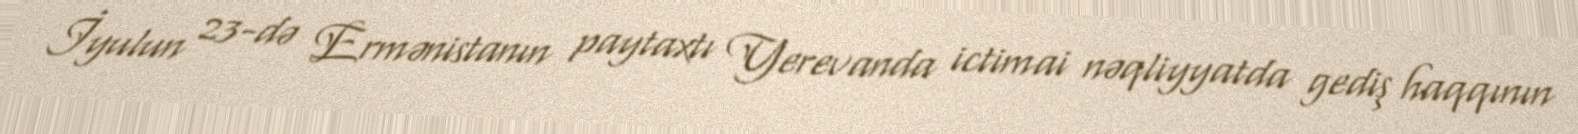
İyulun 23-də Ermənistanın paytaxtı Yerevanda ictimai nəqliyyatda gediş haqqının